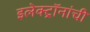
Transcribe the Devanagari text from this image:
इलेक्ट्रॉनांची